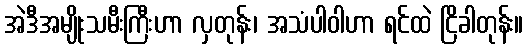
အဲဒီအမျိုးသမီးကြီးဟာ လှတုန်း၊ အသံပါဝါဟာ ရင်ထဲ ငြိခါတုန်း။